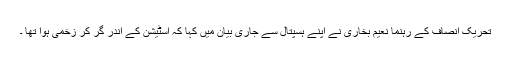
تحریک انصاف کے رہنما نعیم بخاری نے اپنے ہسپتال سے جاری بیان میں کہا کہ اسٹیشن کے اندر گر کر زخمی ہوا تھا ۔